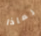
لماذا